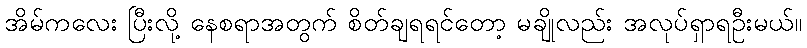
အိမ်ကလေး ပြီးလို့ နေစရာအတွက် စိတ်ချရရင်တော့ မချိုလည်း အလုပ်ရှာရဦးမယ်။